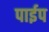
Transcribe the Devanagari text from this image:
पार्इप